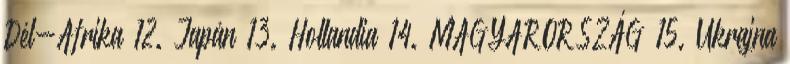
Dél-Afrika 12. Japán 13. Hollandia 14. MAGYARORSZÁG 15. Ukrajna